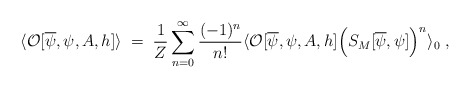
\begin{align*}\langle {\cal O}[\overline{\psi},\psi,A,h] \rangle \; = \;\frac{1}{Z} \sum_{n=0}^\infty\frac{(-1)^n}{n!}\langle {\cal O} [\overline{\psi},\psi,A,h]\Big(S_M[\overline{\psi},\psi]\Big)^n \rangle_0 \; ,\end{align*}